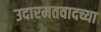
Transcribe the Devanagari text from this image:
उदारमतवादच्या